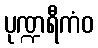
ပုဏ္ဍရီကံဝ